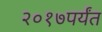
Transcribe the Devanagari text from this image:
२०१७पर्यंत